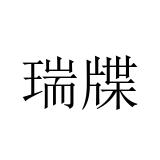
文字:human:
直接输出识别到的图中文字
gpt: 瑞牒